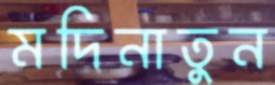
মদিনাতুন